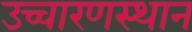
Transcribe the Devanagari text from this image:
उच्चारणस्थान